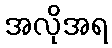
အလိုအရ